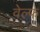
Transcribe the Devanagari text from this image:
वेल्फ